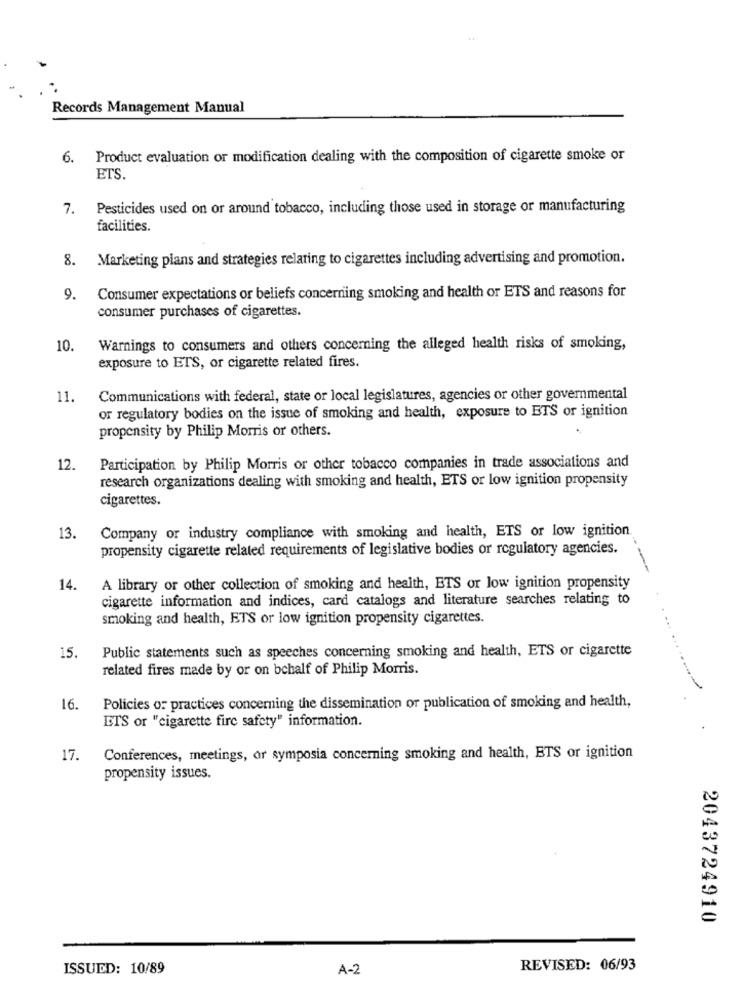
Records Management Manual
6. Product evaluation or modification dealing with the composition of cigarette smoke or
ETS.
7. Pesticides used on or around tobacco, including those used in storage or manufacturing
facilities.
8.
Marketing plans and strategies relating to cigarettes including advertising and promotion.
9.
Consumer expectations or beliefs concerning smoking and health or ETS and reasons for
consumer purchases of cigarettes.
10.
Warnings to consumers and others concerning the alleged health risks of smoking,
exposure to ETS, or cigarette related fires.
11.
Communications with federal, state or local legislatures, agencies or other governmental
or regulatory bodies on the issue of smoking and health, exposure to ETS or ignition
propensity by Philip Morris or others.
12.
Participation by Philip Morris or other tobacco companies in trade associations and
research organizations dealing with smoking and health, ETS or low ignition propensity
cigarettes.
Company or industry compliance with smoking and health, ETS or low ignition
13.
propensity cigarette related requirements of legislative bodies or regulatory agencies.
14.
A library or other collection of smoking and health, ETS or low ignition propensity
cigarette information and indices, card catalogs and literature searches relating to
smoking and health, ETS or low ignition propensity cigarettes.
15.
Public statements such as speeches concerning smoking and health, ETS or cigarette
related fires made by or on behalf of Philip Morris.
16.
Policies or practices concerning the dissemination or publication of smoking and health,
ETS or "cigarette fire safety" information.
17.
Conferences, meetings, or symposia concerning smoking and health, ETS or ignition
propensity issues.
2043724910
ISSUED: 10/89
A-2
REVISED: 06/93